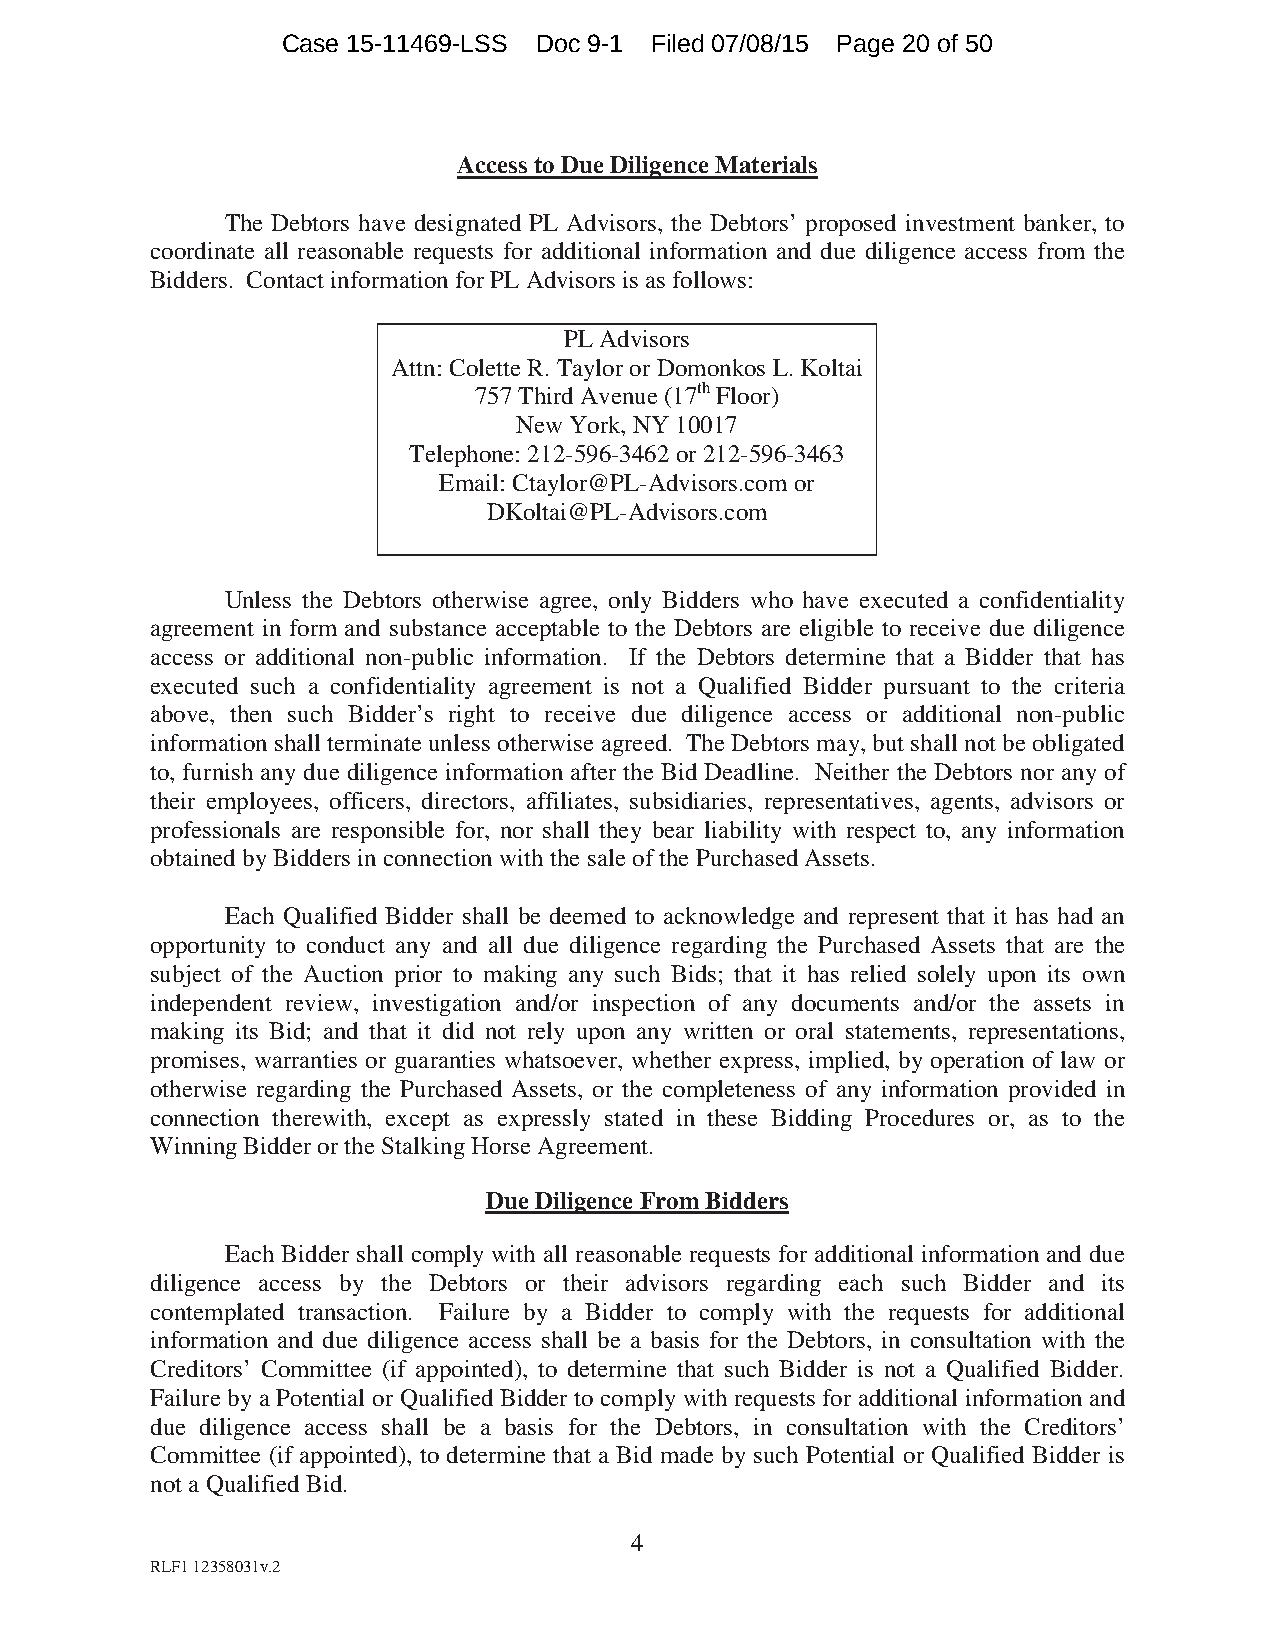
Case 15-11469-LSS Doc 9-1 Filed 07/08/15 Page 20 of 50
 Access to Due Diligence Materials
 The Debtors have designated PL Advisors, the Debtors’ proposed investment banker, to
 coordinate all reasonable requests for additional information and due diligence access from the
 Bidders. Contact information for PL Advisors is as follows:
 PL Advisors
 Attn: Colette R. Taylor or Domonkos L. Koltai
 757 Third Avenue (17th Floor)
 New York, NY 10017
 Telephone: 212-596-3462 or 212-596-3463
 Email: Ctaylor@PL-Advisors.com or
 DKoltai@PL-Advisors.com
 Unless the Debtors otherwise agree, only Bidders who have executed a confidentiality
 agreement in form and substance acceptable to the Debtors are eligible to receive due diligence
 access or additional non-public information. If the Debtors determine that a Bidder that has
 executed such a confidentiality agreement is not a Qualified Bidder pursuant to the criteria
 above, then such Bidder’s right to receive due diligence access or additional non-public
 information shall terminate unless otherwise agreed. The Debtors may, but shall not be obligated
 to, furnish any due diligence information after the Bid Deadline. Neither the Debtors nor any of
 their employees, officers, directors, affiliates, subsidiaries, representatives, agents, advisors or
 professionals are responsible for, nor shall they bear liability with respect to, any information
 obtained by Bidders in connection with the sale of the Purchased Assets.
 Each Qualified Bidder shall be deemed to acknowledge and represent that it has had an
 opportunity to conduct any and all due diligence regarding the Purchased Assets that are the
 subject of the Auction prior to making any such Bids; that it has relied solely upon its own
 independent review, investigation and/or inspection of any documents and/or the assets in
 making its Bid; and that it did not rely upon any written or oral statements, representations,
 promises, warranties or guaranties whatsoever, whether express, implied, by operation of law or
 otherwise regarding the Purchased Assets, or the completeness of any information provided in
 connection therewith, except as expressly stated in these Bidding Procedures or, as to the
 Winning Bidder or the Stalking Horse Agreement.
 Due Diligence From Bidders
 Each Bidder shall comply with all reasonable requests for additional information and due
 diligence access by the Debtors or their advisors regarding each such Bidder and its
 contemplated transaction. Failure by a Bidder to comply with the requests for additional
 information and due diligence access shall be a basis for the Debtors, in consultation with the
 Creditors’ Committee (if appointed), to determine that such Bidder is not a Qualified Bidder.
 Failure by a Potential or Qualified Bidder to comply with requests for additional information and
 due diligence access shall be a basis for the Debtors, in consultation with the Creditors’
 Committee (if appointed), to determine that a Bid made by such Potential or Qualified Bidder is
 not a Qualified Bid.
 4
 RLF1 12358031v.2